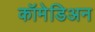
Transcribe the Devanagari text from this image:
कॉमेडिअन